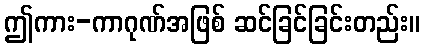
ဤကား-ကာဂုဏ်အဖြစ် ဆင်ခြင်ခြင်းတည်း။